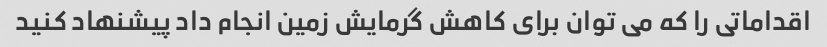
اقداماتی را که می توان برای کاهش گرمایش زمین انجام داد پیشنهاد کنید